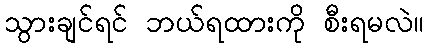
သွားချင်ရင် ဘယ်ရထားကို စီးရမလဲ။